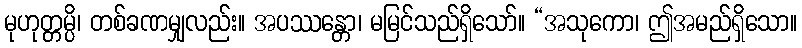
မုဟုတ္တမ္ပိ၊ တစ်ခဏမျှလည်း။ အပဿန္တော၊ မမြင်သည်ရှိသော်။ “အသုကော၊ ဤအမည်ရှိသော။